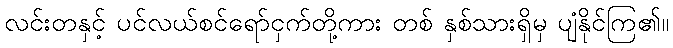
လင်းတနှင့် ပင်လယ်စင်ရော်ငှက်တို့ကား တစ် နှစ်သားရှိမှ ပျံနိုင်ကြ၏။